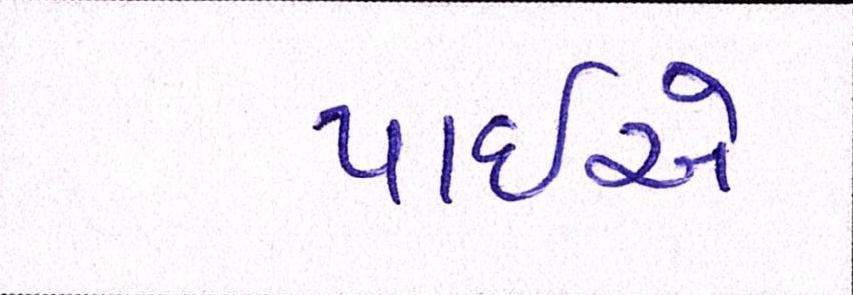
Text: પાઈએ